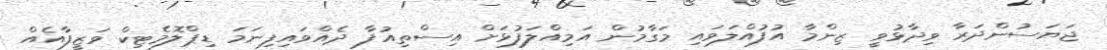
ޖަޔަސުންދަރާ ވިދާޅުވީ ޒިންމާ އުފުއްލަވައި މަގާމުން އަމިއްލަފުޅަށް އިސްތިއުފާ ދެއްވައިފިނަމަ ޑިޕްލޮމެޓިކް ވަޒީފާއެއް